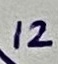
Text: 12